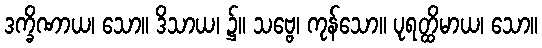
ဒက္ခိဏာယ၊ သော။ ဒိသာယ၊ ၌။ သဗ္ဗေ၊ ကုန်သော။ ပုရတ္ထိမာယ၊ သော။